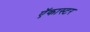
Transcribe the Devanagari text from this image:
ऍकास्टर